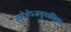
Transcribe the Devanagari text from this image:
उपदेशेऽजनुनासिक